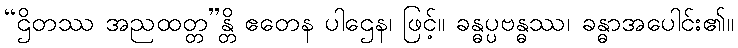
“ဌိတဿ အညထတ္တ”န္တိ ဧတေန ပါဌေန၊ ဖြင့်။ ခန္ဓပ္ပဗန္ဓဿ၊ ခန္ဓာအပေါင်း၏။